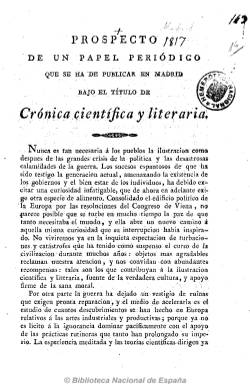
Título: Crónica científica y literaria
Colección: Periódicos anteriores a 1850 || Cultura
Ámbito geográfico: Madrid
Lugar de publicación: Madrid
Fechas: 01/03/1817-10/03/1820

Tras el decreto de supresión de la primavera de 1815, es uno de los pocos periódicos que serán autorizados a publicarse durante el primer periodo absolutista fernandino. Fue fundado y dirigido por José Joaquín de Mora (18783-1864), uno de los personajes liberales de más aventurada vida de la primera mitad del siglo XIX – a juicio de Gómez Aparicio (1967) –, cuando regresa a Madrid tras haber sido prisionero durante la guerra de la independencia por las tropas napoleónicas y haber trabado amistad con Blanco White en su exilio de Londres. La colección de este título incluye su prospecto y comienza con el primer número, correspondiente al uno de abril de 1817. Sus entregas, de cuatro páginas, compuestas a dos columnas, fueron estampadas en la madrileña Imprenta de Mateo Repullés, y salían los martes y viernes de cada semana. Publica suplementos, también de cuatro páginas.

Forma parte, al igual que los otros títulos dirigidos en esos años por Pedro María de Olive (1767-1843) y Francisco Javier de Burgos (1778-1848), de una prensa a la que le estaba prohibido tratar asuntos políticos y tuvo que ceñirse a los asuntos literarios, científicos y técnicos. En el caso del periódico que prácticamente redactaba solo José Joaquín de Mora –“de inteligencia clara y vasta instrucción” (Seoane: 1996) – recae un especial interés para la historia del movimiento romántico español –aparece por vez primera la palabra “romántico” en su edición de 26 de junio de 1818 –, por la polémica sobre Calderón de la Barca y Friedrich Schlegel entre Mora y su también redactor Antonio Alcalá Galiano (1789-1865) con el reaccionario monárquico Juan Nicolás Bölhl de Faber (1770-1864), quien defiende sus tesis desde el gaditano Diario mercantil (1802-1837).

El periódico de José Joaquín de Mora nació bajo el signo de la “ilustración” y, a pesar de su autocensura, tendrá que defenderse al haber sido acusado de “ataques de irreligión”. Se refugiará, por tanto, en los asuntos ya señalados, con textos sobre ciencias y artes, literatura, agricultura, industria y comercio, noticias científicas y literarias, poesías (fábulas y epigramas), artículos remitidos (correspondencia), teatros, bibliografía, historia, economía aplicada o variedades, entre otros. Así, publicará artículos sobre la aplicación del vapor en la industria o sobre el uso de la litografía en Francia.

Con este título se estará publicando hasta su entrega número 308, correspondiente al 10 de marzo de 1820, y tras la jura de Fernando VII de la Constitución gaditana, el 13 de marzo comenzará a publicarse como diario, siguiendo la secuencia numérica, pero con un nuevo título: El Constitucional o sea Crónica científica, literaria y política, en el que ya podrá tratar asuntos políticos en el nuevo periodo abierto con libertad de imprenta, haciéndolo desde una ideología liberal. Este nuevo título también forma parte de la colección hemerográfica de la Biblioteca Nacional de España.